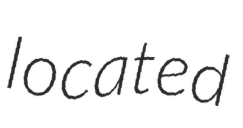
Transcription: located